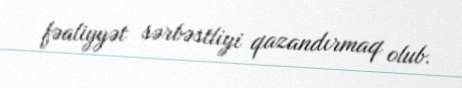
fəaliyyət sərbəstliyi qazandırmaq olub.